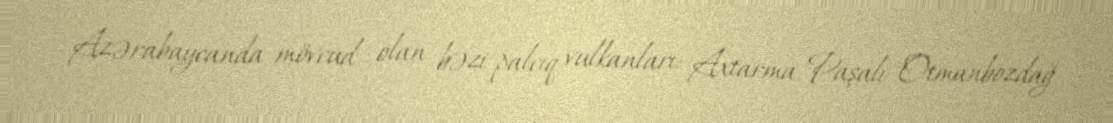
Azərabaycanda mövcud olan bəzi palçıq vulkanları: Axtarma-Paşalı Otmanbozdağ